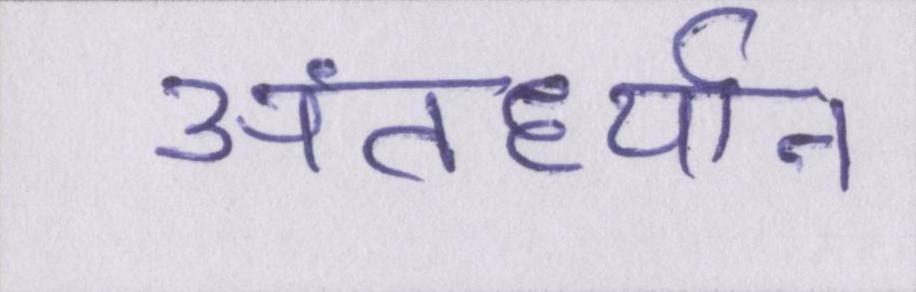
अंतर्ध्यान